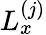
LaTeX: L_{x}^{(j)}